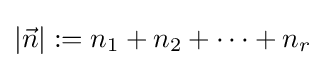
|{\vec {n}}|:=n_{1}+n_{2}+\cdots +n_{r}